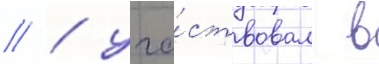
// / уча́ствовал в